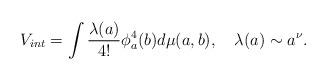
LaTeX: \begin{align*}V_{int} =\int \frac{\lambda(a)}{4!} \phi^4_a(b) d\mu(a,b),\quad \lambda(a)\sim a^\nu.\end{align*}